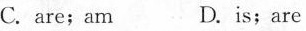
C.are;am D.is;are